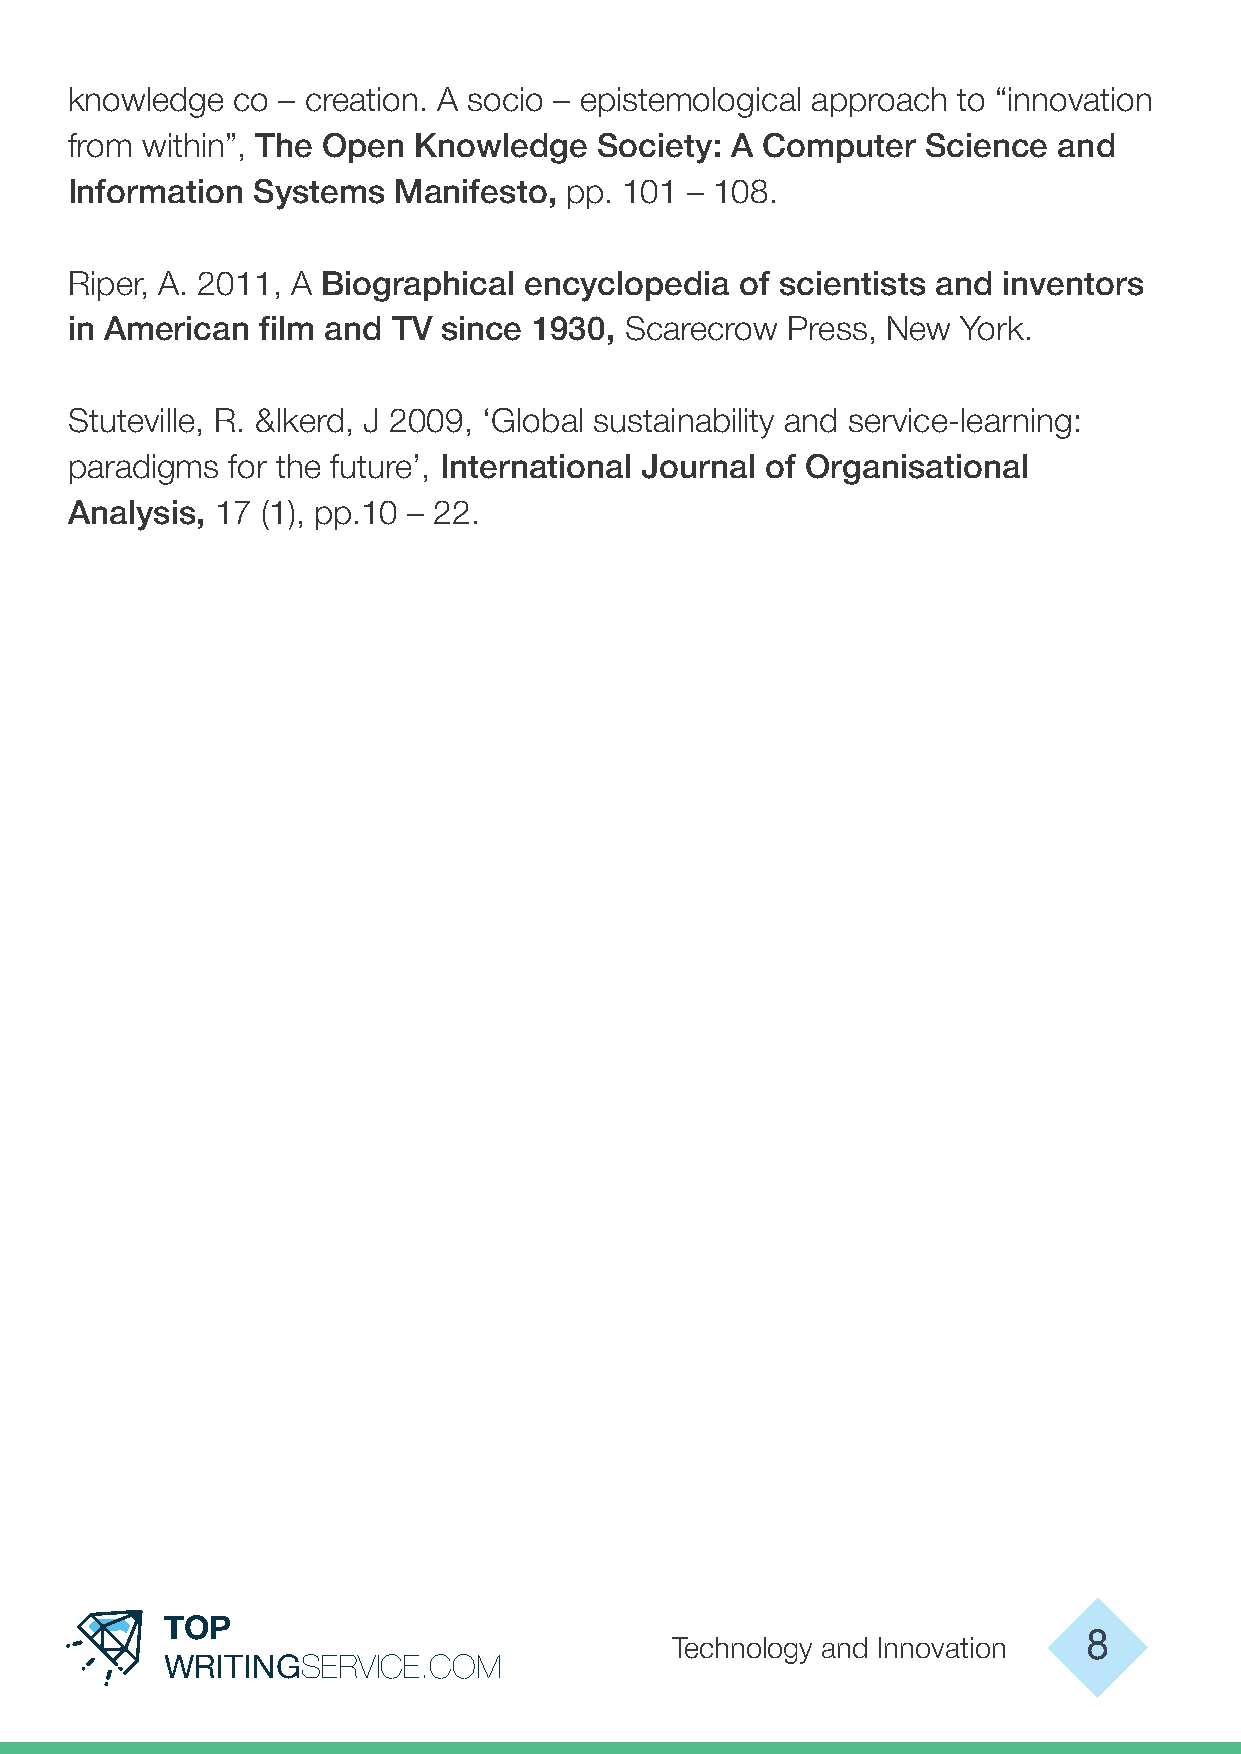
knowledge co – creation. A socio – epistemological approach to “innovation
 from within”, The Open Knowledge   Society: A Computer  Science  and
 Information Systems  Manifesto, pp. 101  – 108.
 Riper, A. 2011, A Biographical encyclopedia of scientists and inventors
 in American film and TV since 1930, Scarecrow  Press, New  York.
 Stuteville, R. &Ikerd, J 2009, ‘Global sustainability and service-learning:
 paradigms for the future’, International Journal of Organisational
 Analysis, 17 (1), pp.10 – 22.
 TOP
 Technology and Innovation   8
 WRITINGSERVICE.COM